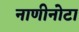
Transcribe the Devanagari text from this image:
नाणीनोटा